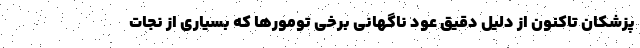
پزشکان تاکنون از دلیل دقیق عود ناگهانی برخی تومورها که بسیاری از نجات